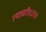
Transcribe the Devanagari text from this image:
त्यावरी॥३१॥